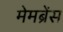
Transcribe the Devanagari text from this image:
मेमब्रेंस